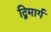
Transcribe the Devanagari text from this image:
द्विमार्ग